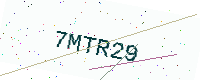
Text: 7MTR29